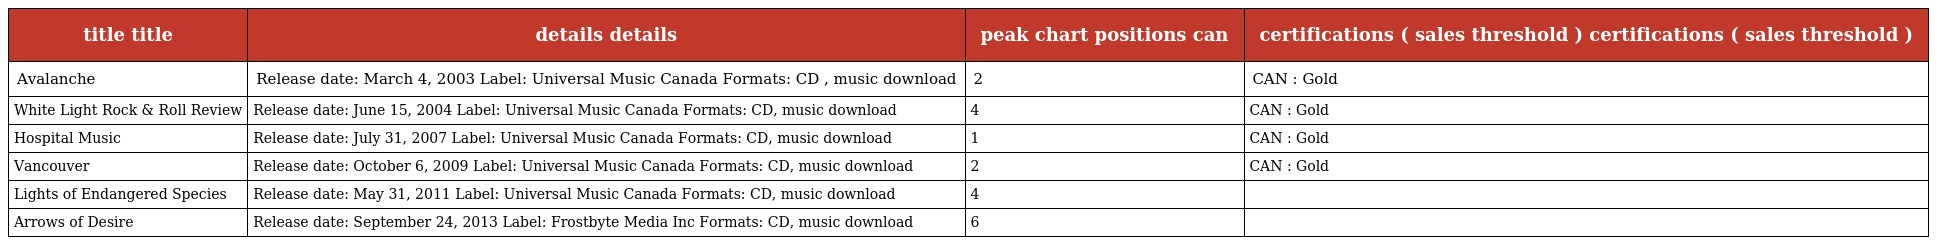
| title title | details details | peak chart positions can | certifications ( sales threshold ) certifications ( sales threshold ) |
 | --- | --- | --- | --- |
 | Avalanche | Release date: March 4, 2003 Label: Universal Music Canada Formats: CD , music download | 2 | CAN : Gold |
 | White Light Rock & Roll Review | Release date: June 15, 2004 Label: Universal Music Canada Formats: CD, music download | 4 | CAN : Gold |
 | Hospital Music | Release date: July 31, 2007 Label: Universal Music Canada Formats: CD, music download | 1 | CAN : Gold |
 | Vancouver | Release date: October 6, 2009 Label: Universal Music Canada Formats: CD, music download | 2 | CAN : Gold |
 | Lights of Endangered Species | Release date: May 31, 2011 Label: Universal Music Canada Formats: CD, music download | 4 |  |
 | Arrows of Desire | Release date: September 24, 2013 Label: Frostbyte Media Inc Formats: CD, music download | 6 |  |